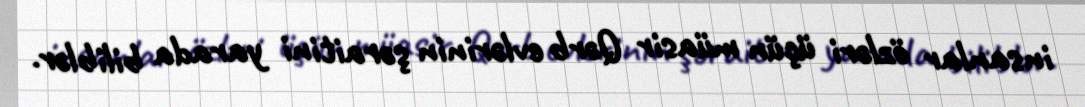
insanlar özləri üçün müasir Qərb evlərinin şəraitini yarada biliblər.